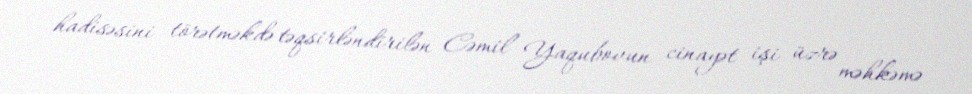
hadisəsini törətməkdə təqsirləndirilən Cəmil Yaqubovun cinayət işi üzrə məhkəmə